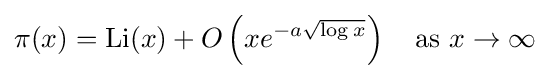
\pi (x)=\operatorname {Li} (x)+O\left(xe^{-a{\sqrt {\log x}}}\right)\quad {\text{as }}x\to \infty